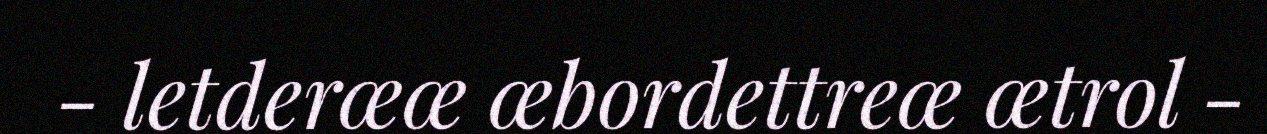
- letderœœ œbordettreœ œtrol -